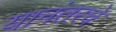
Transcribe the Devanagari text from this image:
यानंतरचे